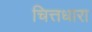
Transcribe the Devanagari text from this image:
चित्तधारा